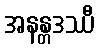
အနန္တဒဿီ